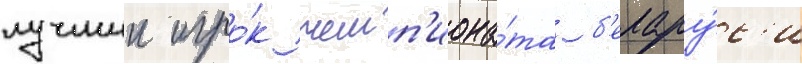
лучшии игро́к чемп'иона́та б'елару́с'и